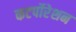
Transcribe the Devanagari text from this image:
कटर्पोरेशन